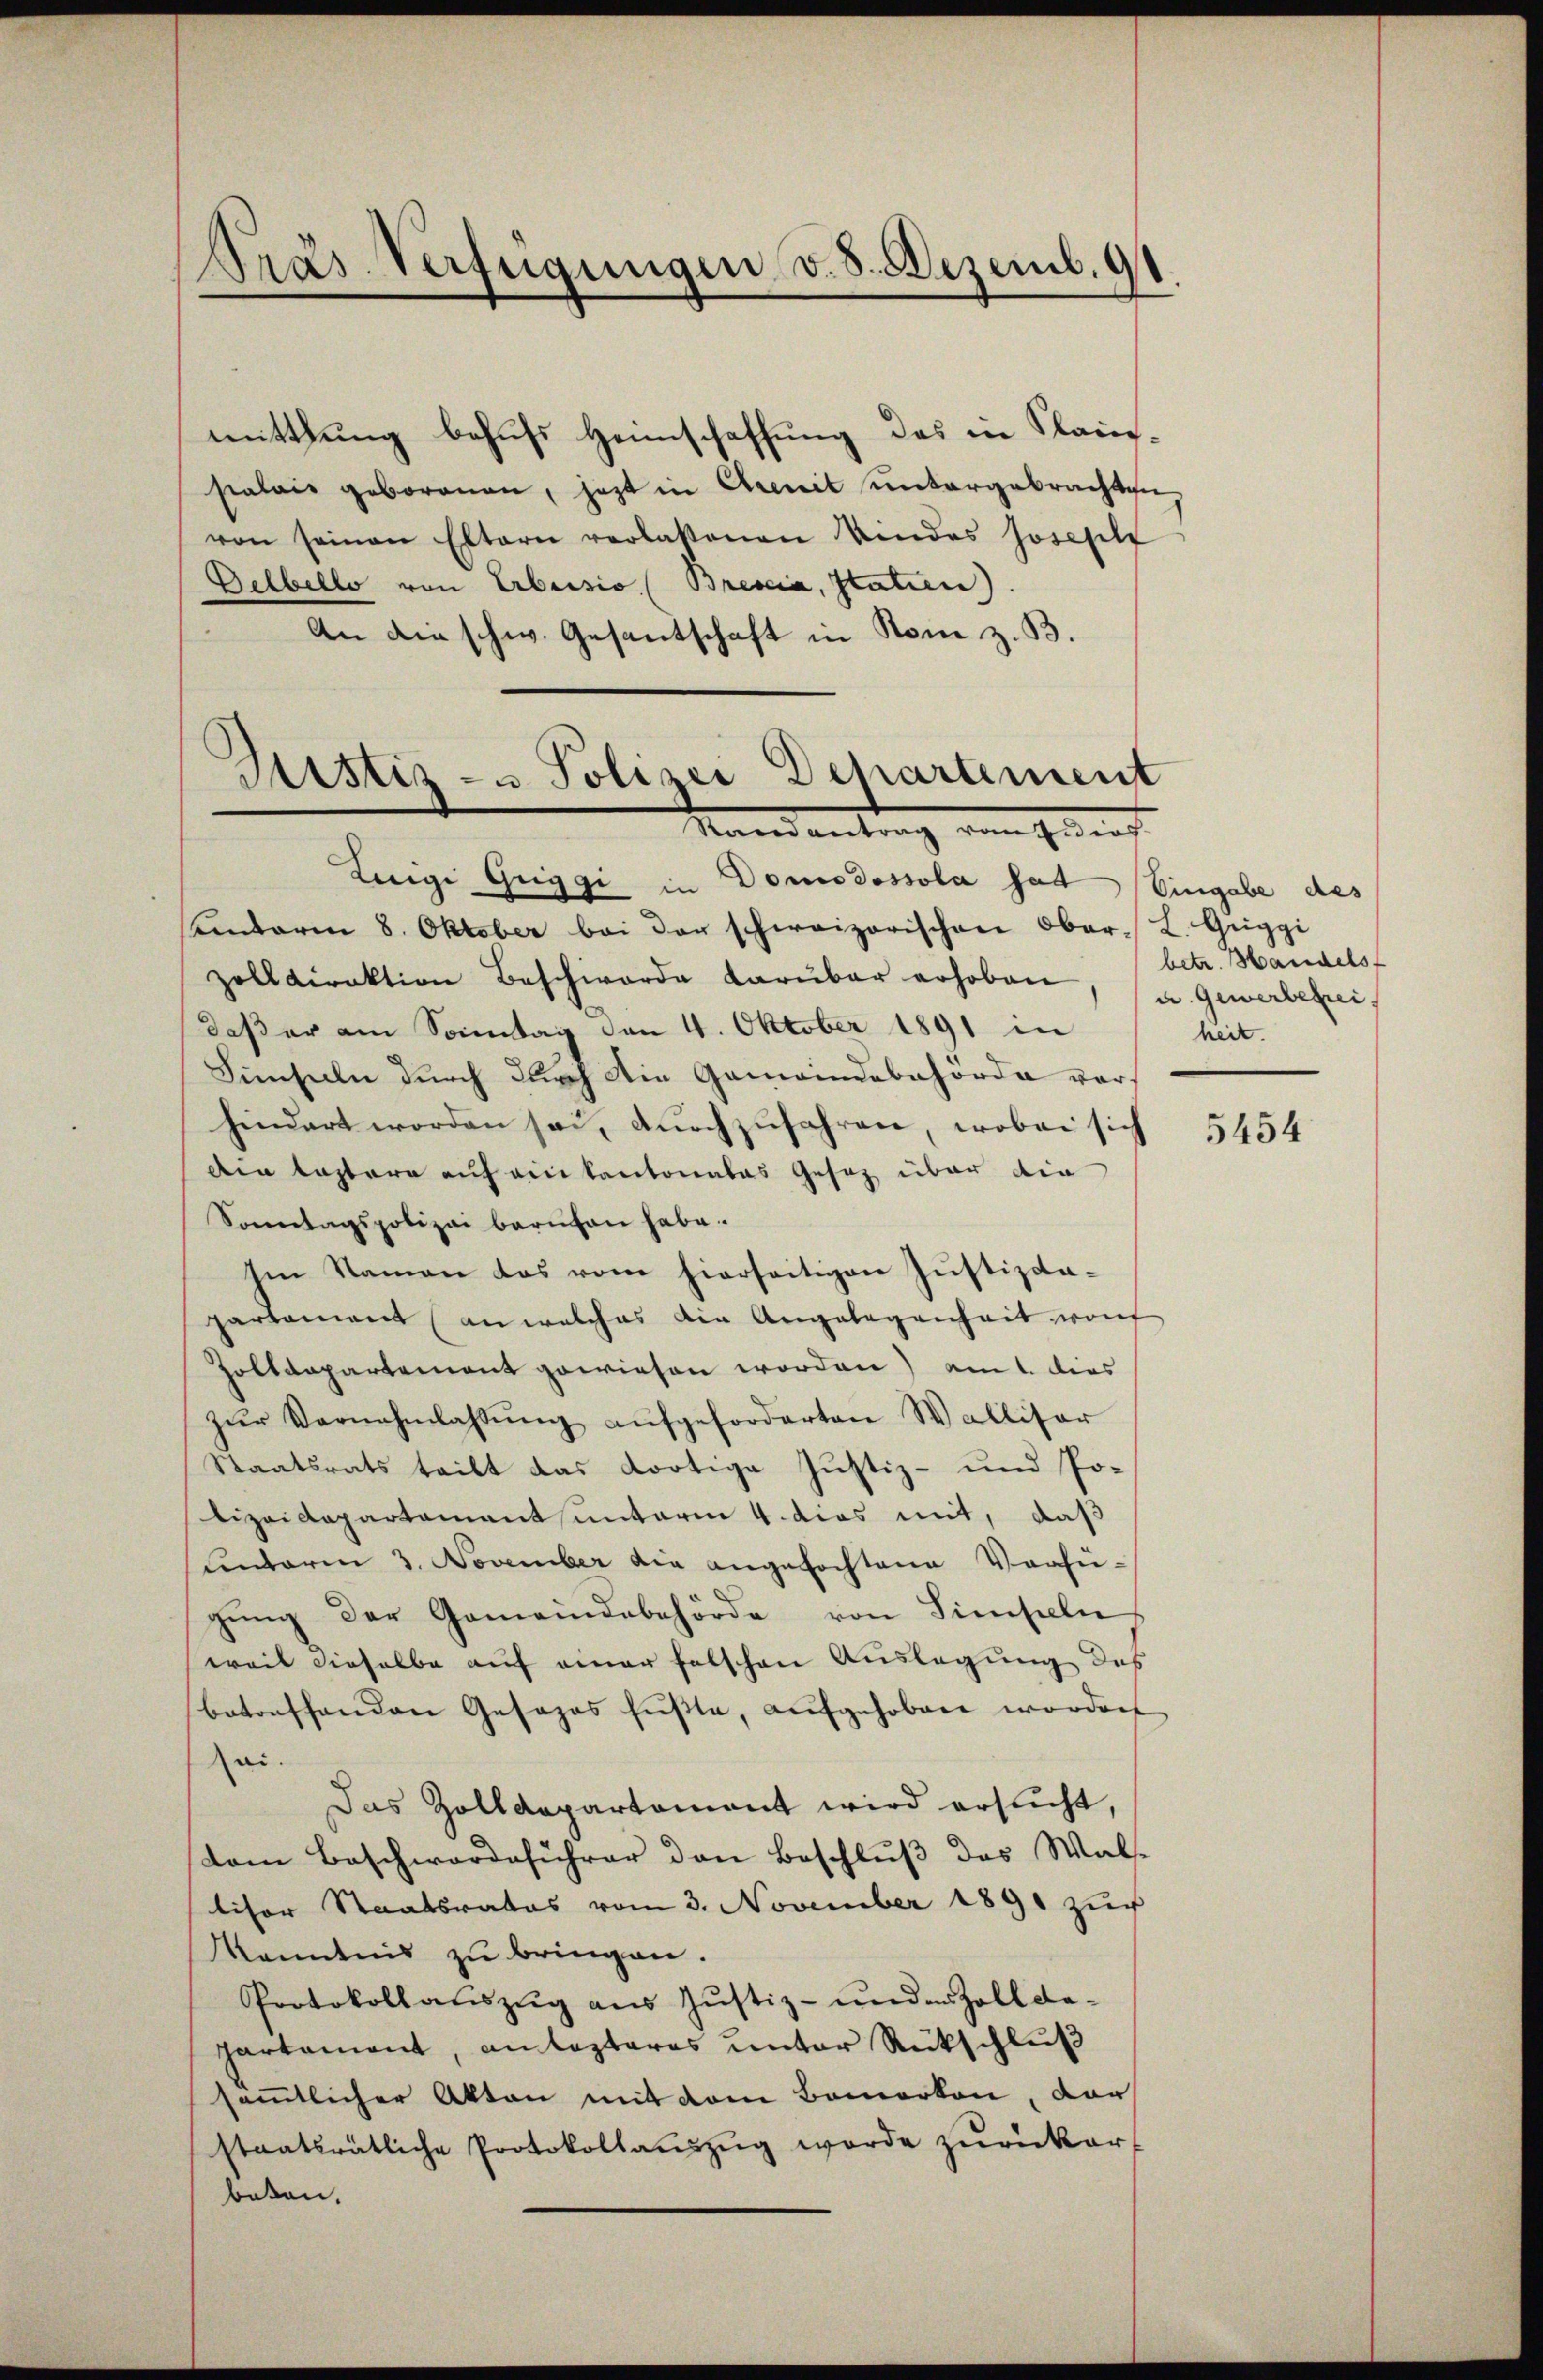
rás-Verfügungen v. 8. Dezemb. 91.

mittlung behufs Heimschaffung des in Klausialais geborenen, jetzt in Creit ŭntergebrachten,
von seinen Eltern verlassenen Kindes Josefilt
Gelbello von Erbuisio (Bresia, Statien)
An die schw. Gesantschaft in Rom z. B.

Justiz- u Polizei Departement
Mandantrag von Geneh

Luigi Griggi in Domodossola hat Eingabe des
undarm 8. Oktober bei der schweizerischen Ober- L. Gŭggi
zolldirektion Beschwerde darüber erhoben, u. Gewerbefrei,
daß er am Sonntag den 4. Oktober 1891 in
Sinseln durch durch die Gemeindebehörde vorhindert worden sei, durchzufahren, wobei sich
Die lastere auf ein kantonales Gesetz über die
Sonntagspolizei barmhan habe.
Im Namen das vom hierseitigen Justizdaparlament (an welches die Angelegenheit wort
Zolldepartement gewiesen worden) am 1. dies
zŭr Vornahmlassŭng aŭfgeforderten Walliser
Staatsrats teilt das dortige Justiz- und Polizeidepartaments unterm 4. dies mit, daß
unterm 3. November die angefochtene Verfü-
gŭng der Gemeindebehörde von Simseln
weil dieselbe auf einer felschen Auslegung des
betreffenden Gesezes fŭβte, aŭfgehoben worden
ai.
Das Zolldepartament wird ersucht,
dem Beschwerdeführer den Beschlŭβ des Wal-
liser Staatsrates vom 3. November 1891 zur
Kenntnis zu bringen.
Protokollauszug aus Justiz- unden Zoll departament, anlasteres unter Rückschluß
sämmtlicher Akten mit dem Bemerken, der
staatsrätliche Protokollanzzug werde zurückar-
beten.

betr. Handels
heit.

5454